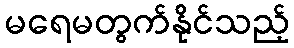
မရေမတွက်နိုင်သည့်